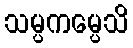
သမ္ပကမ္ပေသိ